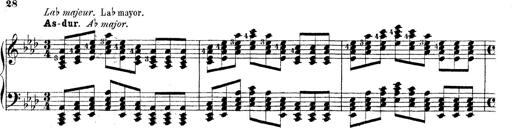
Title: Technische Studien
Composer: Franz Liszt